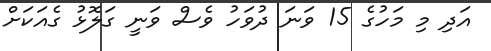
އަދި މި މަހުގެ 15 ވަނަ ދުވަހު ވެސް ވަނީ ގަލޮޅު ގެއަކަށް